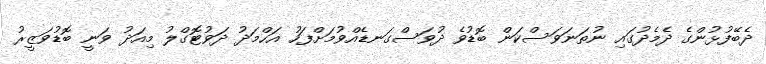
ދެބޭފުޅުންގެ ދެމެދުގައި ނުތަނަވަސްކަން ބޮޑުވެ ދުވަސްގަނޑެއްވުމަށްފަހު އަހްމަދު ދަވުޓޮގްލު މިއަދު ވަނީ ބޮޑުވަޒީރު